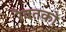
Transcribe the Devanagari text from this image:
रैवतको